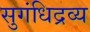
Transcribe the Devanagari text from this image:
सुगंधिद्रव्य